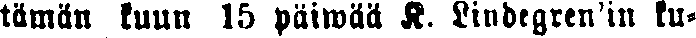
tämän kuun 15 päiwää K. Lindegren'in ku-